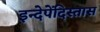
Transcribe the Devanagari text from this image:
इन्देपेंदिस्तास